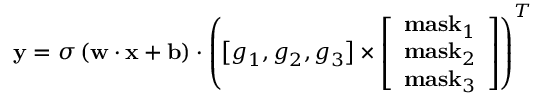
{ \bf { y } } = \sigma \left( { { \bf { w } } \cdot { \bf { x } } + { \bf { b } } } \right) \cdot { \left( { \left[ { { g _ { 1 } } , { g _ { 2 } } , { g _ { 3 } } } \right] \times \left[ \begin{array} { l } { { \bf { m a s } } { { \bf { k } } _ { 1 } } } \\ { { \bf { m a s } } { { \bf { k } } _ { 2 } } } \\ { { \bf { m a s } } { { \bf { k } } _ { 3 } } } \end{array} \right] } \right) ^ { T } }